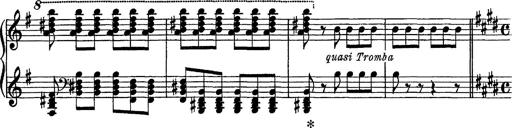
Title: Tarantelle di bravura dâ€™aprÃ¨s la tarantelle de La muette de Portici
Composer: Franz Liszt